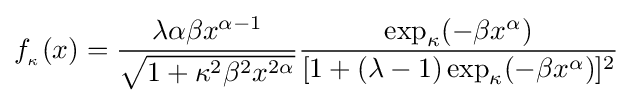
f_{_{\kappa }}(x)={\frac {\lambda \alpha \beta x^{\alpha -1}}{\sqrt {1+\kappa ^{2}\beta ^{2}x^{2\alpha }}}}{\frac {\exp _{\kappa }(-\beta x^{\alpha })}{[1+(\lambda -1)\exp _{\kappa }(-\beta x^{\alpha })]^{2}}}